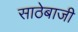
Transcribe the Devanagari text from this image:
साठेबाजी